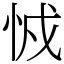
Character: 㤜